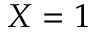
X = 1